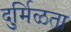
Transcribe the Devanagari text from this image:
दुर्मिळता